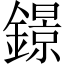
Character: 鐛